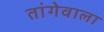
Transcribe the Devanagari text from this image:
तांगेवाला